Indian journal of veterinary science and animal husbandry - Volumes 18-21, 1948-1951
Year: 1948
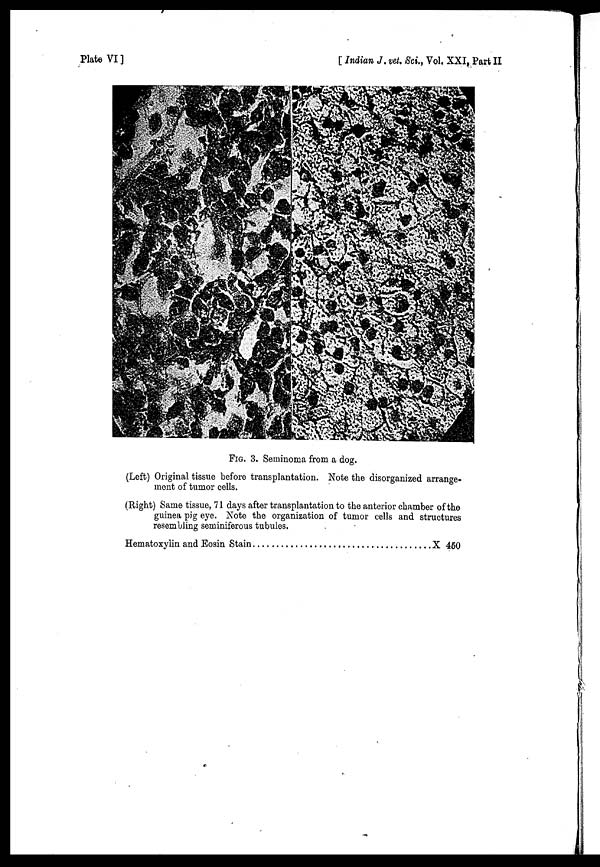
Plate VI]
[Indian J. vet, Sci., Vol. XXI, Part II
FIG. 3. Seminoma from a dog.
(Left) Original tissue before transplantation. Note the disorganized arrange-
ment of tumor cells.
(Right) Same tissue, 71 days after transplantation to the anterior chamber of the
guinea pig eye. Note the organization of tumor cells and structures
resembling seminiferous tubules.
Hematoxylin and Eosin Stain
X 460